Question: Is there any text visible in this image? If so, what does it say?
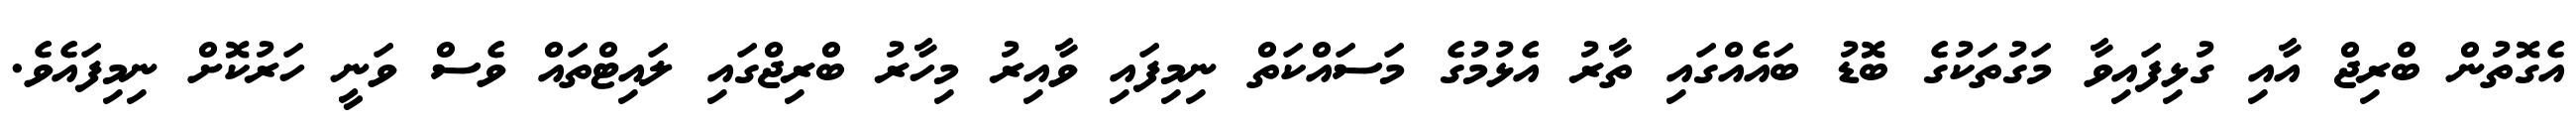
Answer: އެގޮތުން ބްރިޖް އާއި ގުޅިފައިވާ މަގުތަކުގެ ބޮޑު ބައެއްގައި ތާރު އެޅުމުގެ މަސައްކަތް ނިމިފައި ވާއިރު މިހާރު ބްރިޖްގައި ލައިޓްތައް ވެސް ވަނީ ހަރުކޮށް ނިމިފައެވެ.